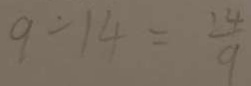
9 \div 1 4 = \frac { 1 4 } { 9 }